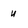
Character: u